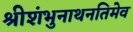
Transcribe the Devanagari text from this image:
श्रीशंभुनाथनतिमेव